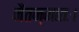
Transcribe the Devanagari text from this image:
नैतन्मातः।